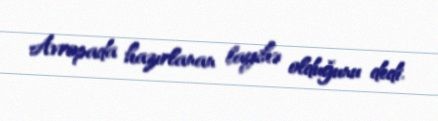
Avropada hazırlanan layihə olduğunu dedi.